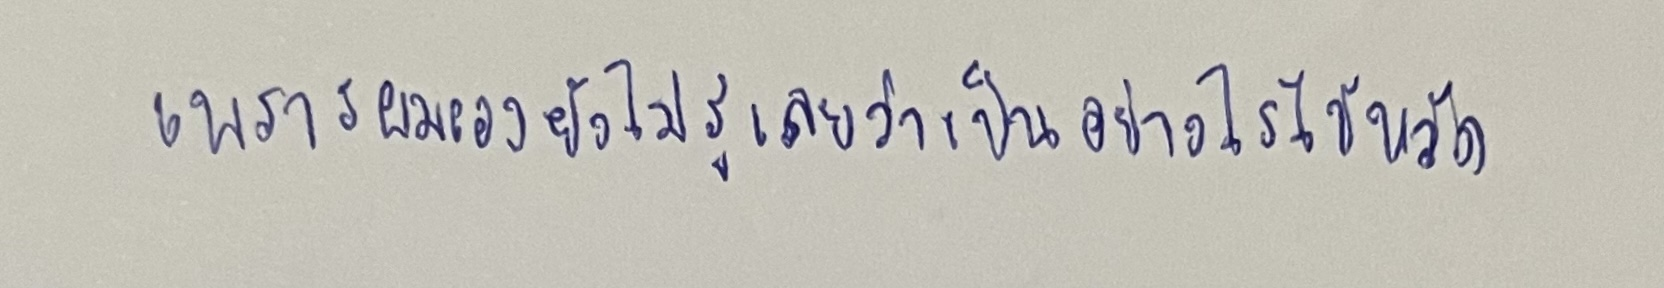
เพราะผมเองผมยังไม่รู้เลยว่าเป็นอย่างไรไข้หวัด